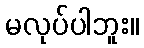
မလုပ်ပါဘူး။